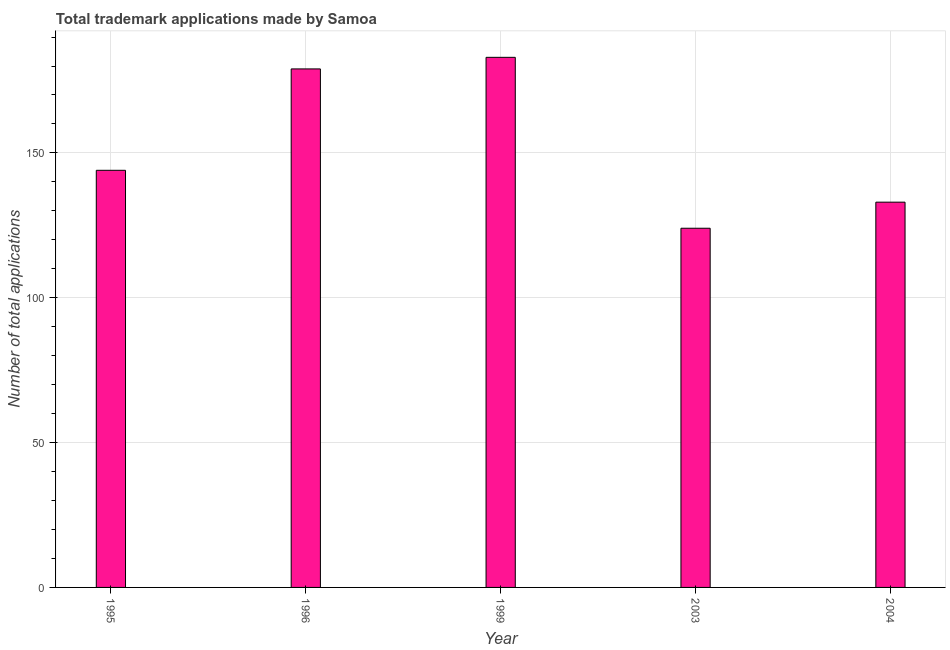
| Year | Trademark applications |
 | --- | --- |
 | 1995 | 144 |
 | 1996 | 179 |
 | 1999 | 183 |
 | 2003 | 124 |
 | 2004 | 133 |